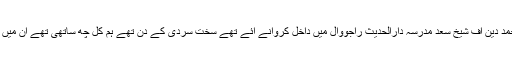
قاری محمد مصطفی آف شیخ سعد کالو والا بیان کرتے ہیں کہ ہمیں حاجی احمد دین آف شیخ سعد مدرسہ دارالحدیث راجووال میں داخل کروانے آئے تھے سخت سردی کے دن تھے ہم کل چھ ساتھی تھے ان میں ایک چھوٹا سا بچہ تھا بابا جی نے اپنے رومال سے اس کی ناک صاف کی۔